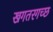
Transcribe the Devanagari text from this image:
खगतरगच्छ